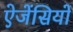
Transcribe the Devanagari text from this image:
ऐजेंसियों